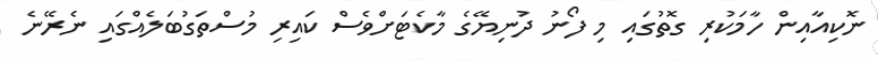
ނޮކިއާއިން ހާމަކުރި ގޮތުގައި މި ފޯނު ދުނިޔޭގެ މާކެޓަށްވެސް ކައިރި މުސްތަގުބަލެއްގައި ނެރޭނެ